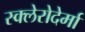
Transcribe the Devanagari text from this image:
स्क्लेरोदेर्मा